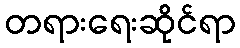
တရားရေးဆိုင်ရာ